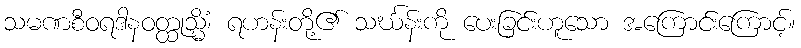
သမဏစီဝရဒါနဝတ္ထုသ္မိံ၊ ရဟန်းတို့၏ သင်္ဃန်းကို ပေးခြင်းဟူသော အကြောင်းကြောင့်။